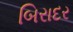
બિરાદર